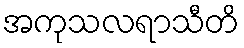
အကုသလရာသီတိ